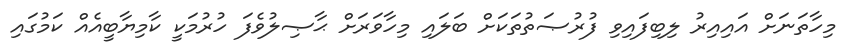
މިހާތަނަށް އައިއިރު ލިބިފައިވި ފުރުޞަތުތަކަށް ބަލައި މިހާވަރަށް ޙާޞިލުވެފަ ހުރުމަކީ ކާމިޔާބީއެއް ކަމުގައި